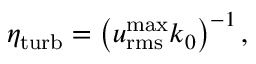
\eta _ { \mathrm { t u r b } } = \left( u _ { \mathrm { r m s } } ^ { \operatorname* { m a x } } k _ { 0 } \right) ^ { - 1 } ,